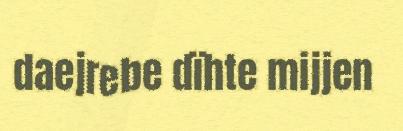
daejrebe dïhte mijjen